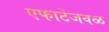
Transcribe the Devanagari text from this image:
एफाटेजवळ